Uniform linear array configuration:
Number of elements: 12
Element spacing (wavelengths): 1
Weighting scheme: hann
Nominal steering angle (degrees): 15
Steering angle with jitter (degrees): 16.895
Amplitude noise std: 0.05
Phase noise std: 0.05

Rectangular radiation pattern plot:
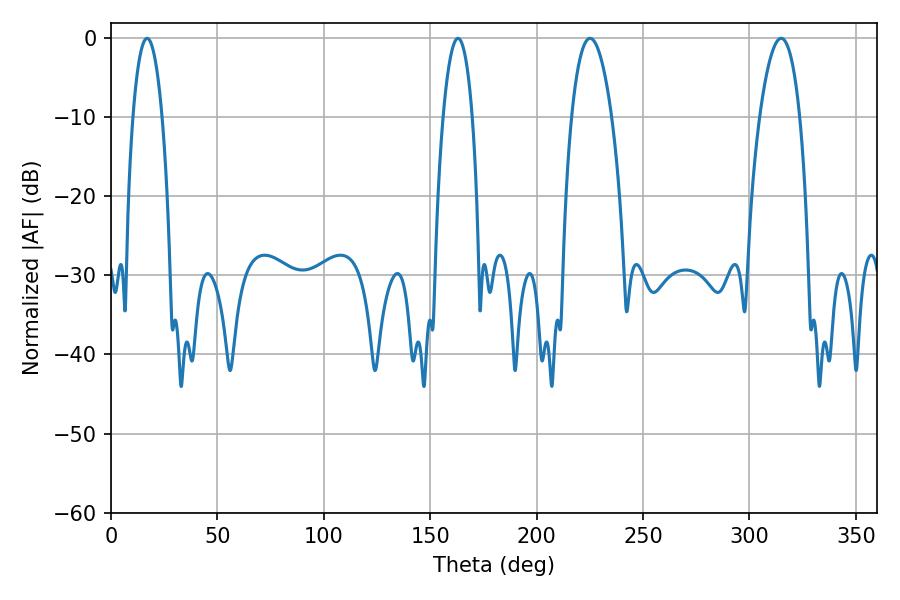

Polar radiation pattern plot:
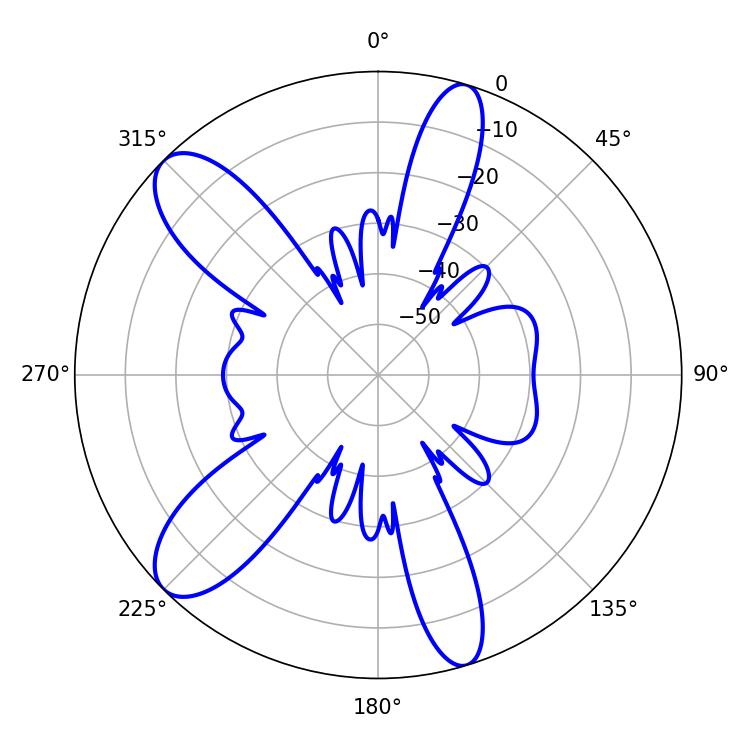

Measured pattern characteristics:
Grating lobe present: TRUE
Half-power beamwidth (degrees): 7.74
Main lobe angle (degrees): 16.92